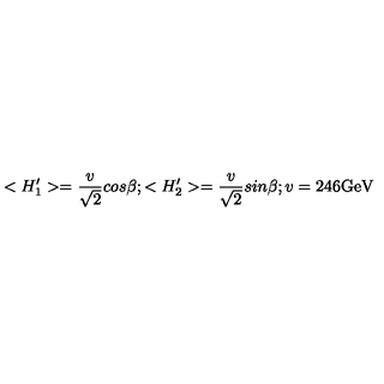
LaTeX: < H _ { 1 } ^ { \prime } > = { \frac { v } { \sqrt 2 } } c o s \beta ; < H _ { 2 } ^ { \prime } > = { \frac { v } { \sqrt 2 } } s i n \beta ; v = 2 4 6 \mathrm { G e V }